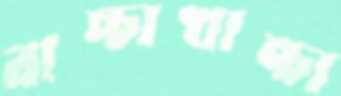
বাচ্চাখাচ্চা